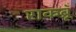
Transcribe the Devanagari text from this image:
राकब्रूँ